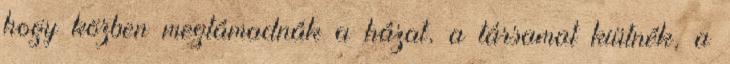
hogy közben megtámadnák a házat, a társamat kiütnék, a